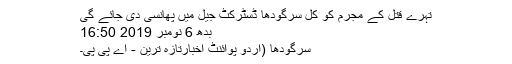
تہرے قتل کے مجرم کو کل سرگودھا ڈسٹرکٹ جیل میں پھانسی دی جائے گی
بدھ 6 نومبر 2019 16:50
سرگودھا (اُردو پوائنٹ اخبارتازہ ترین - اے پی پی۔